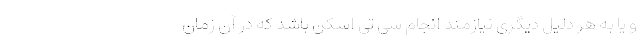
و یا به هر دلیل دیگری نیازمند انجام سی تی اسکن باشد که در آن زمان